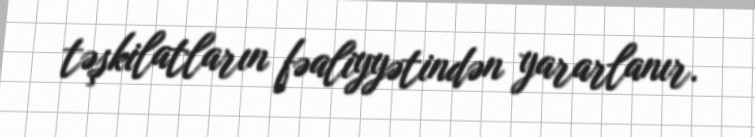
təşkilatların fəaliyyətindən yararlanır.